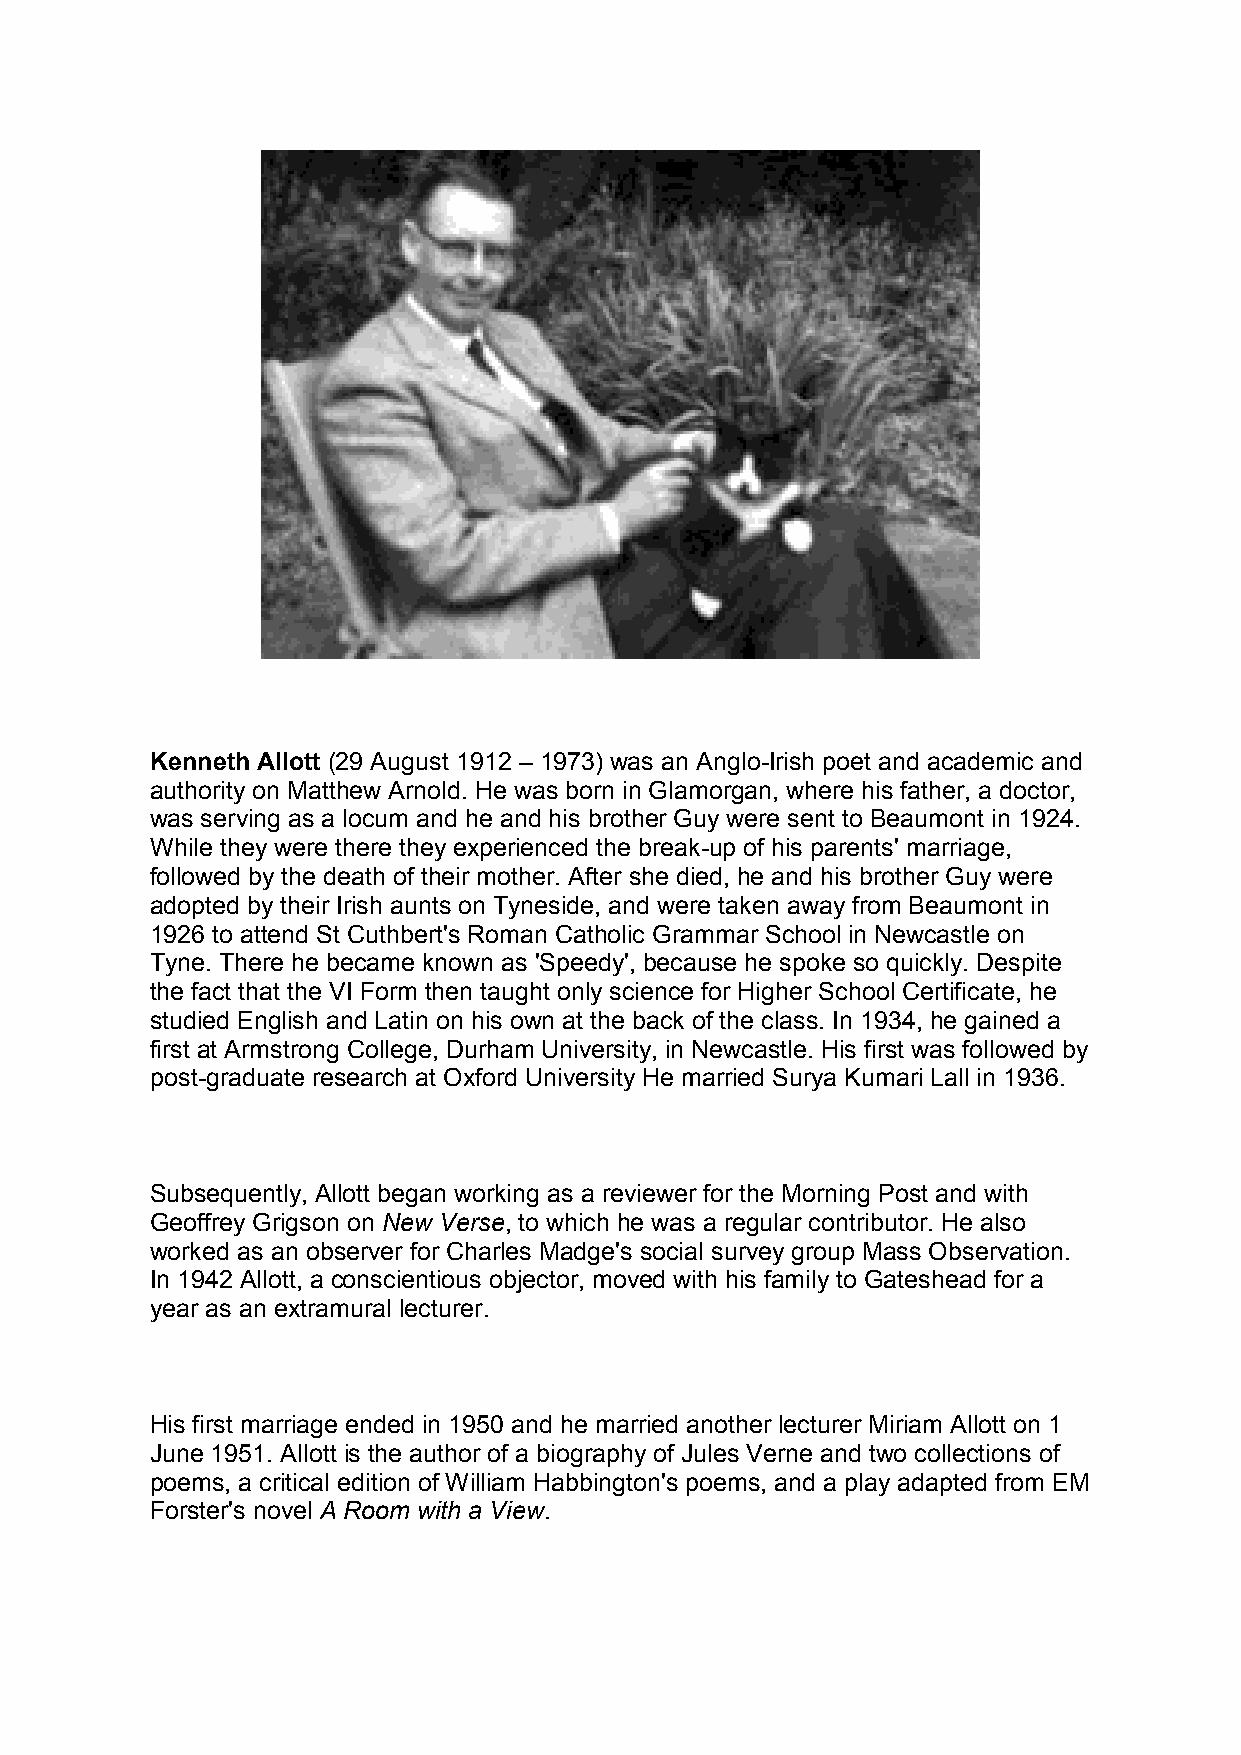
Kenneth Allott (29 August 1912 – 1973) was an Anglo-Irish poet and academic and
 authority on Matthew Arnold. He was born in Glamorgan, where his father, a doctor,
 was serving as a locum and he and his brother Guy were sent to Beaumont in 1924.
 While they were there they experienced the break-up of his parents' marriage,
 followed by the death of their mother. After she died, he and his brother Guy were
 adopted by their Irish aunts on Tyneside, and were taken away from Beaumont in
 1926 to attend St Cuthbert's Roman Catholic Grammar School in Newcastle on
 Tyne. There he became known as 'Speedy', because he spoke so quickly. Despite
 the fact that the VI Form then taught only science for Higher School Certificate, he
 studied English and Latin on his own at the back of the class. In 1934, he gained a
 first at Armstrong College, Durham University, in Newcastle. His first was followed by
 post-graduate research at Oxford University He married Surya Kumari Lall in 1936.
 Subsequently, Allott began working as a reviewer for the Morning Post and with
 Geoffrey Grigson on New Verse, to which he was a regular contributor. He also
 worked as an observer for Charles Madge's social survey group Mass Observation.
 In 1942 Allott, a conscientious objector, moved with his family to Gateshead for a
 year as an extramural lecturer.
 His first marriage ended in 1950 and he married another lecturer Miriam Allott on 1
 June 1951. Allott is the author of a biography of Jules Verne and two collections of
 poems, a critical edition of William Habbington's poems, and a play adapted from EM
 Forster's novel A Room with a View.